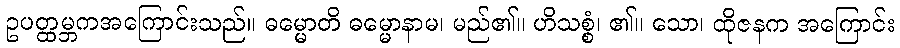
ဥပတ္ထမ္ဘကအကြောင်းသည်။ ဓမ္မောတိ ဓမ္မောနာမ၊ မည်၏။ ဟိသစ္စံ၊ ၏။ သော၊ ထိုဇနက အကြောင်း